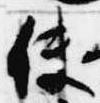
使